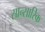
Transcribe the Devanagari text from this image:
सान्सारिक